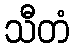
သီတံ